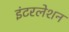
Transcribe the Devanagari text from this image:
इंटरलेशन